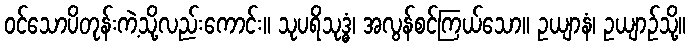
ဝင်သောပိတုန်းကဲ့သို့လည်းကောင်း။ သုပရိသုဒ္ဓံ၊ အလွန်စင်ကြယ်သော။ ဥယျာနံ၊ ဥယျာဉ်သို့။